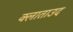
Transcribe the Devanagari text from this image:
क्लाताउद